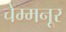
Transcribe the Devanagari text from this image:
चेम्मनूर